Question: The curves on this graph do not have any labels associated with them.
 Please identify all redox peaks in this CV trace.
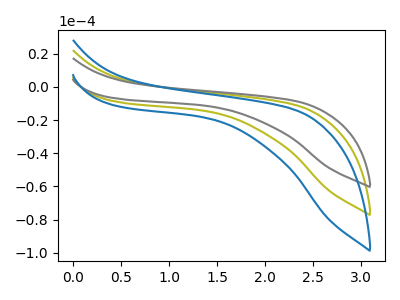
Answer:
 <answer>The olive curve "olive" has no peaks. The gray curve "gray" has no peaks. The blue curve "blue" has no peaks.</answer>
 <eval></eval>